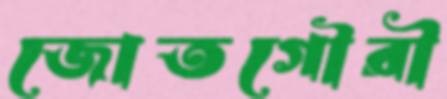
জোতগৌরী